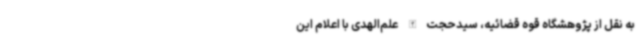
به نقل از پژوهشگاه قوه قضائیه، سیدحجت‌الله علم‌الهدی با اعلام این